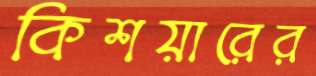
কিশয়ারের